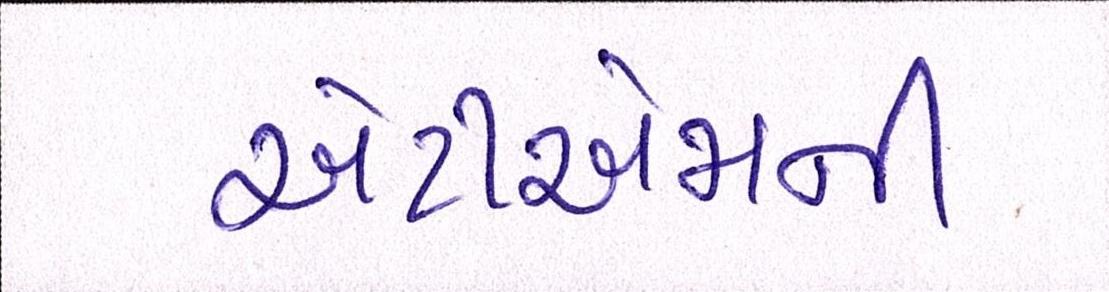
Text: એટીએમની